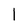
Character: l